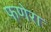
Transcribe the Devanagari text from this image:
फणेरा